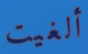
ألغيت